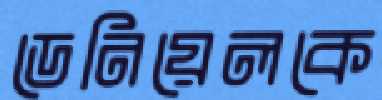
ডেনিয়েলকে